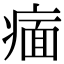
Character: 𬏶